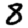
Digit: 8